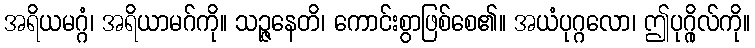
အရိယမဂ္ဂံ၊ အရိယာမဂ်ကို။ သဉ္ဇနေတိ၊ ကောင်းစွာဖြစ်စေ၏။ အယံပုဂ္ဂလော၊ ဤပုဂ္ဂိုလ်ကို။